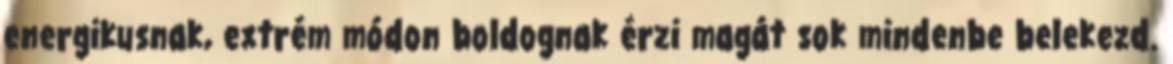
energikusnak, extrém módon boldognak érzi magát sok mindenbe belekezd.